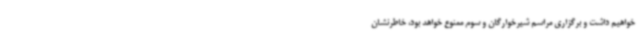
خواهیم داشت و برگزاری مراسم شیرخوارگان و سوم ممنوع خواهد بود، خاطرنشان